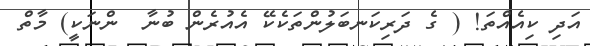
އަދި ކިއެއްތަ! ( ގެ ދަރިކަނބަލުންތަކެކޭ އެއުރެން ބުނާ  ންނަކީ) މާތް